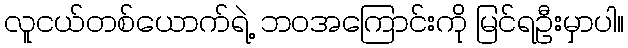
လူငယ်တစ်ယောက်ရဲ့ ဘ၀အကြောင်းကို မြင်ရဦးမှာပါ။